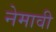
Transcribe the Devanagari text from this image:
नेमावी